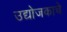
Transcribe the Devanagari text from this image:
उद्योजकाचे